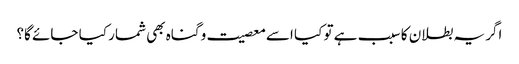
اگر یہ بطلان کا سبب ہے تو کیا اسے معصیت و گناہ بھی شمار کیا جائے گا؟